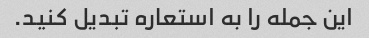
این جمله را به استعاره تبدیل کنید.